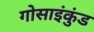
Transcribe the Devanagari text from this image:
गोसाइंकुंड